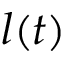
l ( t )